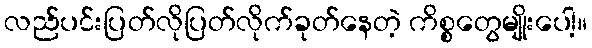
လည်ပင်းပြတ်လိုပြတ်လိုက်ခုတ်နေတဲ့ ကိစ္စတွေမျိုးပေါ့။